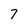
Character: 7